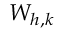
W _ { h , k }